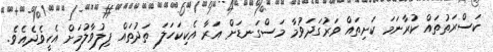
ކަސްރަތުތައް ކުރާނަމަ ކަށިތައް ވަރުގަދަވުމާ މަސްގަނޑަށް އަރާ އެކިކަހަލަ ތަދުތައް ފިލުވާލުމަށް އެހީވެދެއެވެ.